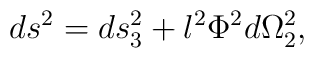
ds^{2}=ds_{3}^{2}+l^{2}\Phi ^{2}d\Omega _{2}^{2},